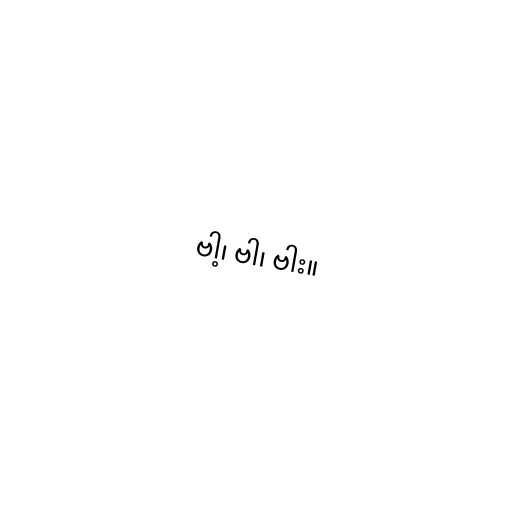
ဗါ့၊ ဗါ၊ ဗါး။